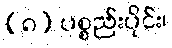
(၈) ပစ္စည်းပိုင်း၊